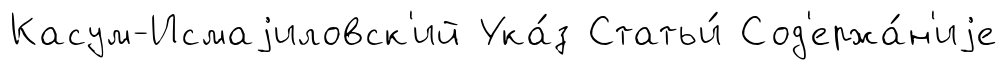
Касум-Исмаjиловск'ий Ука́з Статьи́ Сод'ержа́н'иjе